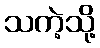
သကဲ့သို့